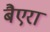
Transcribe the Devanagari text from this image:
बैएरा